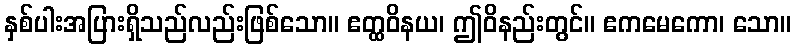
နှစ်ပါးအပြားရှိသည်လည်းဖြစ်သော။ ဧတ္ထဝိနယ၊ ဤဝိနည်းတွင်။ ဧကမေကော၊ သော။